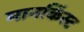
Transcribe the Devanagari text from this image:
मानर्किस्ट